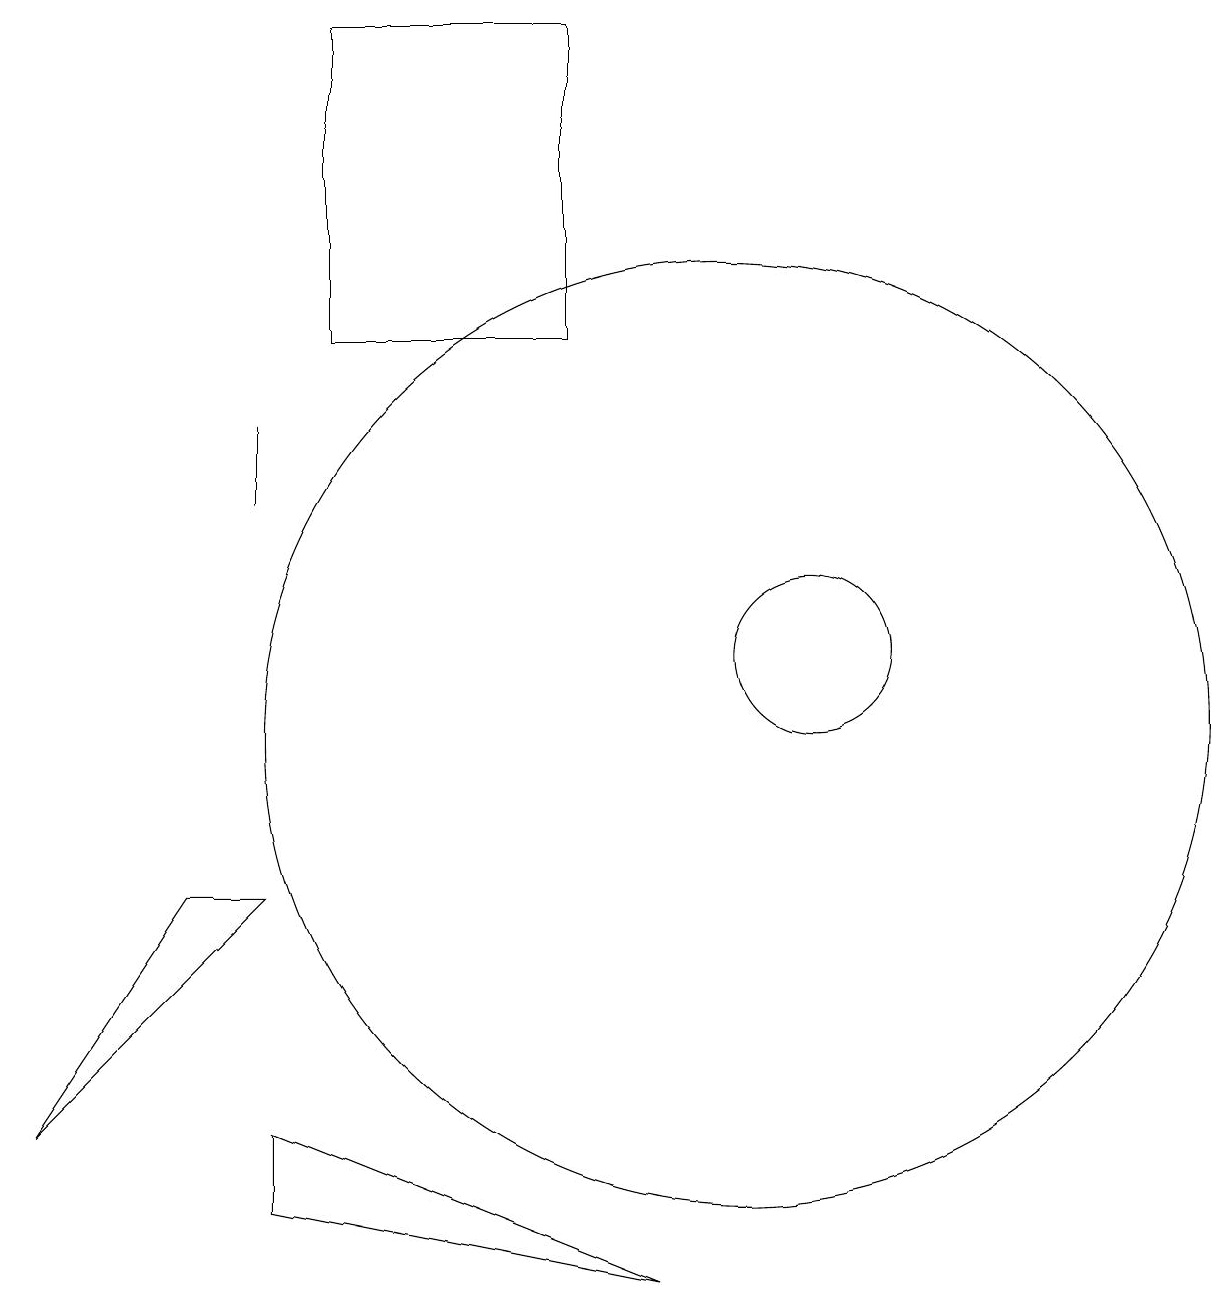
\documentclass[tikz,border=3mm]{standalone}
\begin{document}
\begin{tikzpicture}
\draw (10,10) circle (6);
\draw (1,5) -- (4,8) -- (3,8) -- cycle;
\draw (8,19) rectangle (5,15);
\draw (9,3) -- (4,5) -- (4,4) -- cycle;
\draw (11,11) circle (1);
\draw (4,14) rectangle (4,13);
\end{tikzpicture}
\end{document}